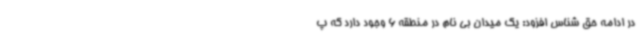
در ادامه حق شناس افزود: یک میدان بی نام در منطقه 6 وجود دارد که پ